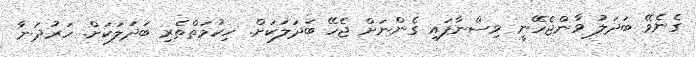
ގެނެވޭ ބަދަލު ވާންޖެހޭނީ ވިސްނާފައި ގެންނަށް ޖެހޭ ބަދަލަކަށް. ހިކުމަތްތެރި ބަދަލަކަށް. ހަރުދަނާ